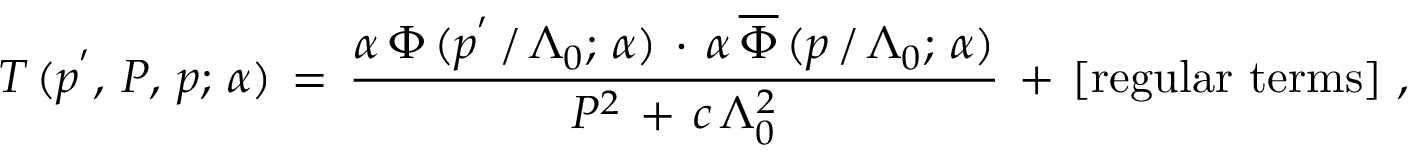
T \, ( p ^ { ' } , \, P , \, p ; \, \alpha ) \, = \, \frac { \alpha \, \Phi \, ( p ^ { ' } \, / \, \Lambda _ { 0 } ; \, \alpha ) \, \cdot \, \alpha \, \overline { { { \Phi } } } \, ( p \, / \, \Lambda _ { 0 } ; \, \alpha ) } { P ^ { 2 } \, + \, c \, \Lambda _ { 0 } ^ { 2 } } \, + \, [ \mathrm { r e g u l a r ~ t e r m s } ] \, \, ,